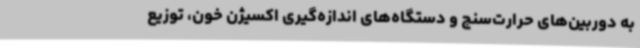
به دوربین‌های حرارت‌سنج و دستگاه‌های اندازه‌گیری اکسیژن خون، توزیع